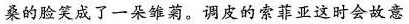
桑的脸笑成了一朵雏菊。调皮的索菲亚这时会故意